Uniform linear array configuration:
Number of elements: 64
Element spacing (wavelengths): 1
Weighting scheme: hamming
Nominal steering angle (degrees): -15
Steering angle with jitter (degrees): -16.345
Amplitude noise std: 0.05
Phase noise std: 0.05

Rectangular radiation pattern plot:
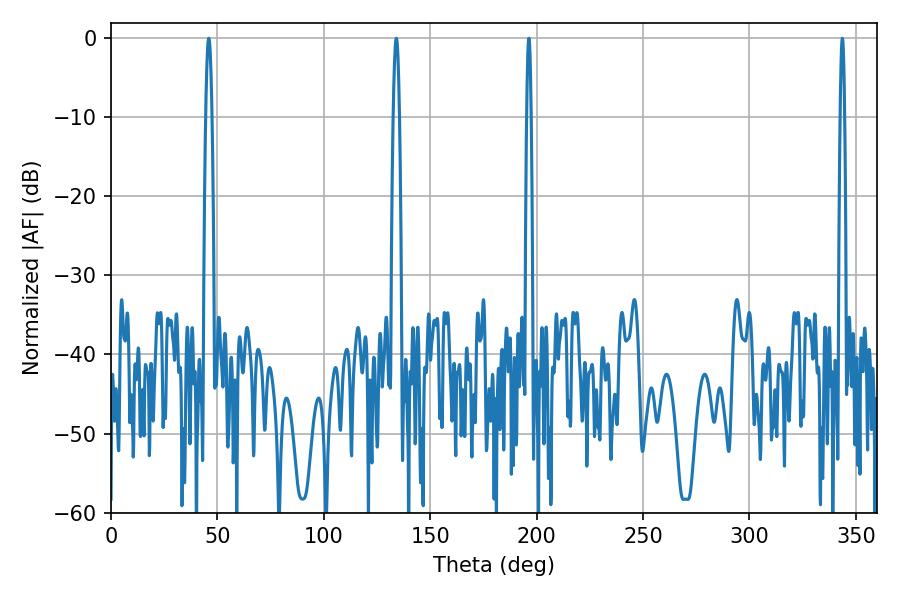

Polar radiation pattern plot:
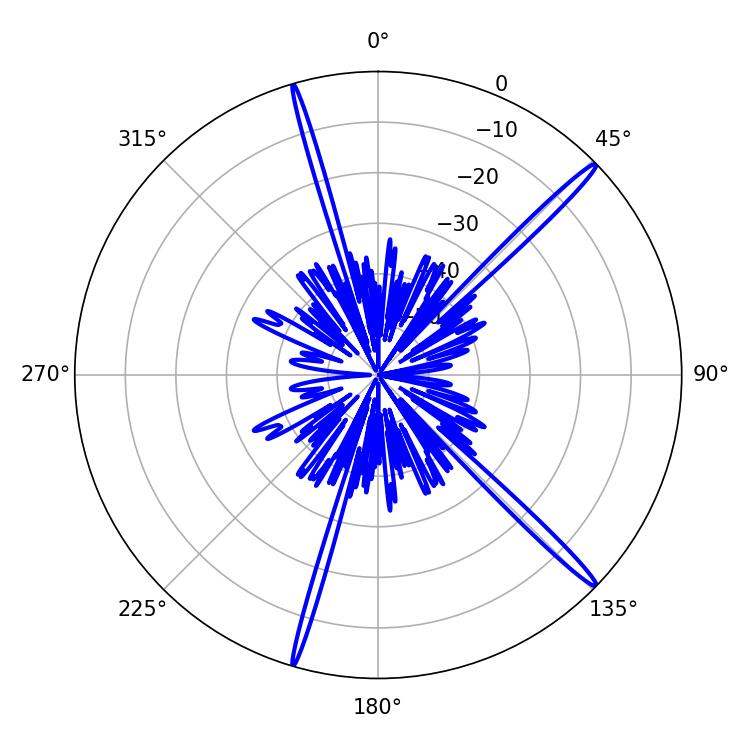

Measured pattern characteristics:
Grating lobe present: TRUE
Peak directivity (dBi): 17.943
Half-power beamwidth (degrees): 1.44
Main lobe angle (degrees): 45.9